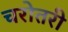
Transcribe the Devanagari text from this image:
चरोतरी